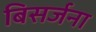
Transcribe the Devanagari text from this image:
बिसर्जना